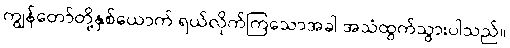
ကျွန်တော်တို့နှစ်ယောက် ရယ်လိုက်ကြသောအခါ အသံထွက်သွားပါသည်။